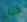
كل